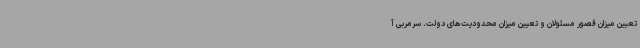
تعیین میزان قصور مسئولان و تعیین میزان محدودیت‌های دولت. سرمربی آ